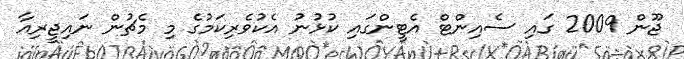
ޖޫން 2009 ގައި ސެއިންޓް އެޓީންގައި ކުޅުނު އެކުވެރިކަމުގެ މި މެޗުން ނައިޖީރިއާ